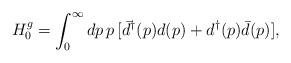
LaTeX: \begin{align*}H_{0}^{g} = \int_{0}^{\infty}dp \, p\,[{\bar d}^{\dag}(p) d(p) + d^{\dag}(p)\bar d(p)] ,\end{align*}